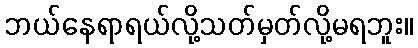
ဘယ်နေရာရယ်လို့သတ်မှတ်လို့မရဘူး။